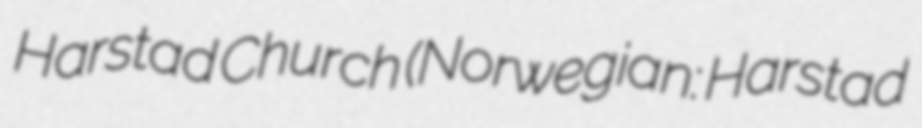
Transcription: Harstad Church (Norwegian: Harstad